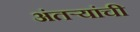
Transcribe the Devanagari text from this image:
अंतऱ्यांची